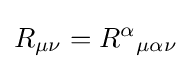
R_{\mu \nu }={R^{\alpha }}_{\mu \alpha \nu }